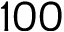
1 0 0